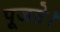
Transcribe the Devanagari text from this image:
पूजते।